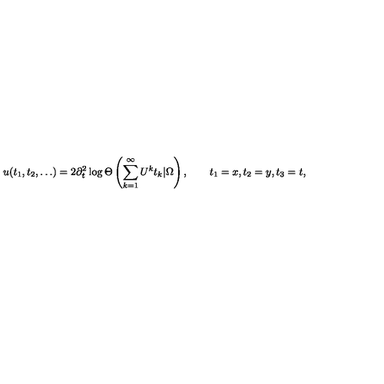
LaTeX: u ( t _ { 1 } , t _ { 2 } , \ldots ) = 2 \partial _ { t } ^ { 2 } \log \Theta \left( \sum _ { k = 1 } ^ { \infty } U ^ { k } t _ { k } | \Omega \right) , \qquad t _ { 1 } = x , t _ { 2 } = y , t _ { 3 } = t ,